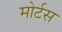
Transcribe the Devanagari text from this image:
मोर्टस